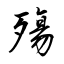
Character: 殤